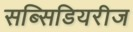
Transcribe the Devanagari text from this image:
सब्सिडियरीज